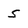
Character: 5